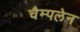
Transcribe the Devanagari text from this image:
चैम्पलेन